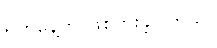
ရက်နေ့က ဖြစ်ပွားခဲ့ပါတယ်။